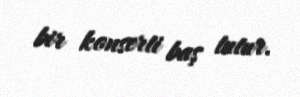
bir konserti baş tutur.